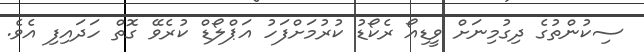
ސިކުންތުގެ ދިގުމިނަށް ވީޑިއޯ ރެކޯޑު ކުރުމަށްފަހު އަޕްލޯޑް ކުރެވޭ ގޮތް ހަދައިފި އެވެ.